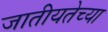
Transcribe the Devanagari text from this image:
जातीयतेच्या